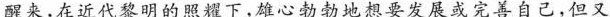
醒来，在近代黎明的照耀下，雄心勃勃地想要发展或完善自己，但又